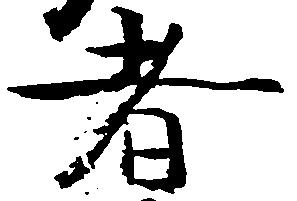
者